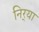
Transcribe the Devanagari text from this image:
निर्‍या